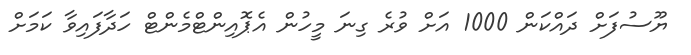
ޔޫސުފަށް ދައްކަން 1000 އަށް ވުރެ ގިނަ މީހުން އެޕޮއިންޓްމެންޓް ހަދާފައިވާ ކަމަށް